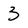
Character: 3